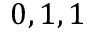
0 , 1 , 1